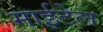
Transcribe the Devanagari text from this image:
माईटेल